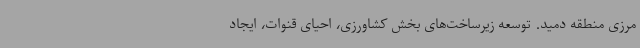
مرزی منطقه دمید. توسعه زیرساخت‌های بخش کشاورزی، احیای قنوات، ایجاد